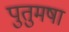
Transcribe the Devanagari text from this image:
पुतुमषा